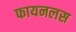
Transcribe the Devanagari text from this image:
फायनलस